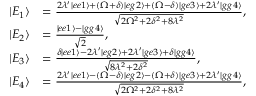
\begin{array} { r l } { | E _ { 1 } \rangle } & { = \frac { 2 \lambda ^ { \prime } | e e 1 \rangle + ( \Omega + \delta ) | e g 2 \rangle + ( \Omega - \delta ) | g e 3 \rangle + 2 \lambda ^ { \prime } | g g 4 \rangle } { \sqrt { 2 \Omega ^ { 2 } + 2 \delta ^ { 2 } + 8 \lambda ^ { 2 } } } , } \\ { | E _ { 2 } \rangle } & { = \frac { | e e 1 \rangle - | g g 4 \rangle } { \sqrt { 2 } } , } \\ { | E _ { 3 } \rangle } & { = \frac { \delta | e e 1 \rangle - 2 \lambda ^ { \prime } | e g 2 \rangle + 2 \lambda ^ { \prime } | g e 3 \rangle + \delta | g g 4 \rangle } { \sqrt { 8 \lambda ^ { 2 } + 2 \delta ^ { 2 } } } , } \\ { | E _ { 4 } \rangle } & { = \frac { 2 \lambda ^ { \prime } | e e 1 \rangle - ( \Omega - \delta ) | e g 2 \rangle - ( \Omega + \delta ) | g e 3 \rangle + 2 \lambda ^ { \prime } | g g 4 \rangle } { \sqrt { 2 \Omega ^ { 2 } + 2 \delta ^ { 2 } + 8 \lambda ^ { 2 } } } , } \end{array}